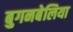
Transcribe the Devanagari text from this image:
बुगनबेलिया